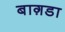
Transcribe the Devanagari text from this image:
बाग़डा